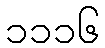
၁၁၁၆